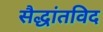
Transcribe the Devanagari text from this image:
सैद्धांतविद